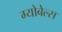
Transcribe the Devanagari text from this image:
ग्योबेल्स